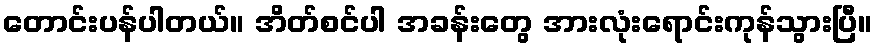
တောင်းပန်ပါတယ်။ အိတ်စင်ပါ အခန်းတွေ အားလုံးရောင်းကုန်သွားပြီ။